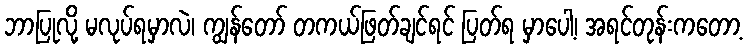
ဘာပြုလို့ မလုပ်ရမှာလဲ၊ ကျွန်တော် တကယ်ဖြတ်ချင်ရင် ပြတ်ရ မှာပေါ့၊ အရင်တုန်းကတော့